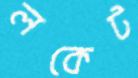
লকেট